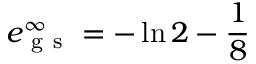
e _ { \mathrm { ~ g ~ s ~ } } ^ { \infty } = - \ln { 2 } - \frac { 1 } { 8 }